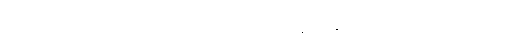
ကြီးကုန်သည်။ အဟောသုံ၊ ဖြစ်ကုန်၏။ သေယျထာပိနာမ၊ နိုင်းယှဉ်စရာဥပမာမည်သည်ကား။